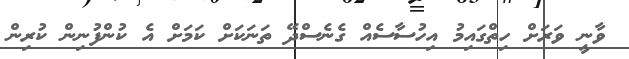
ވާނީ ވަރަށް ހިތްގައިމު އިހުސާސެއް ގެނެސްދޭ ތަނަކަށް ކަމަށް އެ ކުންފުނިން ކުރިން